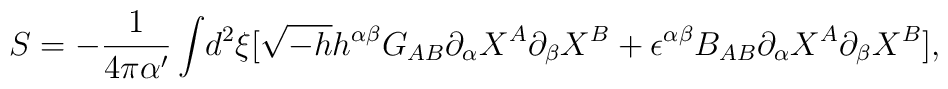
S=-\frac{1}{4\pi \alpha^\prime}\int\!d^2\xi[\sqrt{-h}h^{\alpha \beta}G_{AB}{\partial_\alpha}X^A{\partial_\beta}X^B+\epsilon^{\alpha \beta}B_{AB}{\partial_\alpha}{X^A}{\partial_\beta}{X^B}],